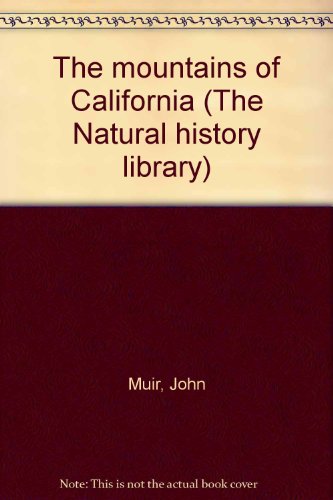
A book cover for The mountains of California (The Natural history library); John Muir; Travel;